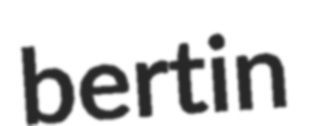
bertin